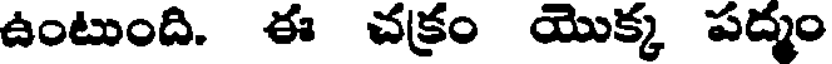
ఉంటుంది. ఈ చక్రం యొక్క పద్మం